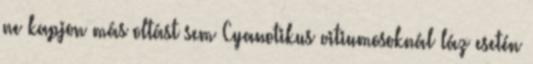
ne kapjon más oltást sem Cyanotikus vitiumosoknál láz esetén